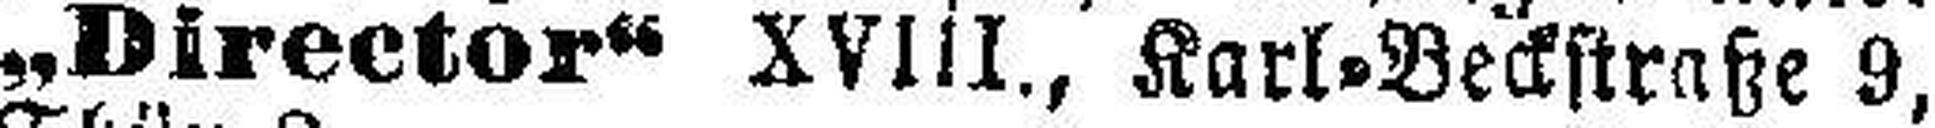
„Director“ XVIII., Karl=Beckstraße 9,